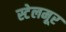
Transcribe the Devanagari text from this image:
स्टेलमूर